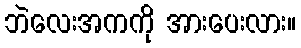
ဘဲလေးအကကို အားပေးလား။